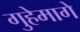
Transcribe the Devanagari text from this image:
गुहेमागे